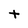
Character: t